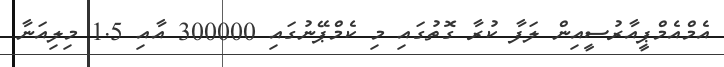
އެމްއެމްޕީއާރުސީއިން ލަފާ ކުރާ ގޮތުގައި މި ކެމްޕޭނުގައި 300000 އާއި 1.5 މިލިއަނާ